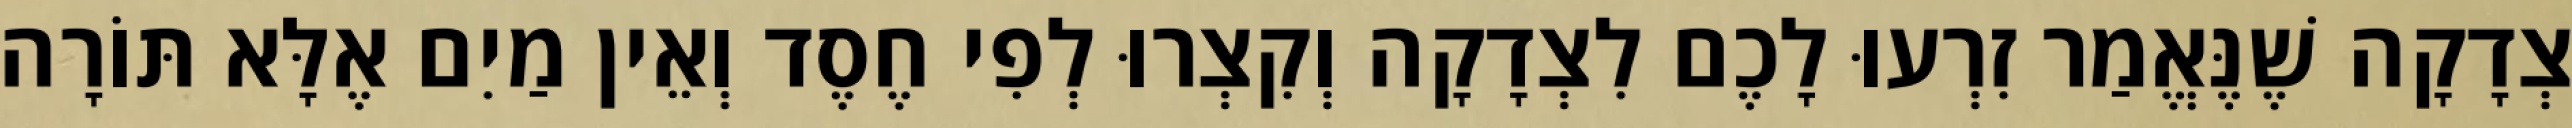
צְדָקָה שֶׁנֶּאֱמַר זִרְעוּ לָכֶם לִצְדָקָה וְקִצְרוּ לְפִי חֶסֶד וְאֵין מַיִם אֶלָּא תּוֹרָה